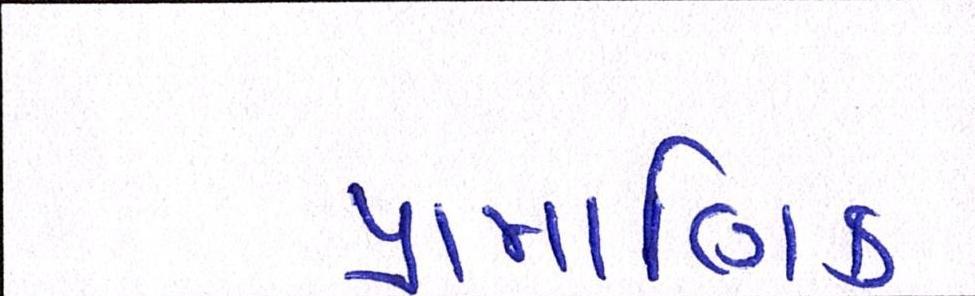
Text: પ્રામાણિક